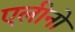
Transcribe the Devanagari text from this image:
एलीनो